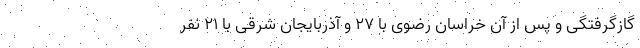
گازگرفتگی و پس از آن خراسان رضوی با ٢٧ و آذربایجان شرقی با ٢١ نفر